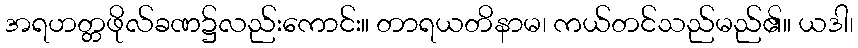
အရဟတ္တဖိုလ်ခဏ၌လည်းကောင်း။ တာရယတိနာမ၊ ကယ်တင်သည်မည်၏။ ယဒါ၊